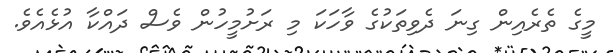
މީގެ ތެރެއިން ގިނަ ދެވިތަކުގެ ވާހަކަ މި ރަށުމީހުން ވެސް ދައްކާ އުޅެއެވެ.